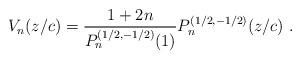
LaTeX: \begin{align*} V_n(z/c)= \frac{1+2n}{P_n^{(1/2,-1/2)}(1)} P_n^{(1/2,-1/2)}(z/c)\ . \end{align*}